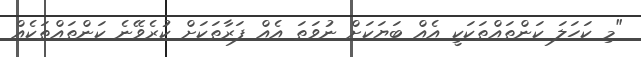
"މި ކަހަލަ ކަންތައްތަކަކީ އެއް ބަޔަކަށް ނުވަތަ އެއް ފަރާތަކަށް ކުރެވޭނެ ކަންތައްތަކެއް